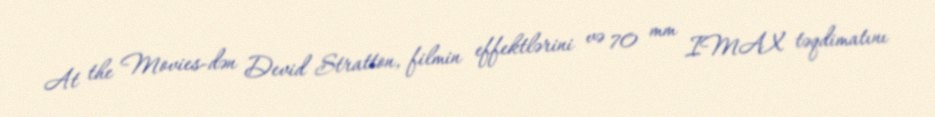
At the Movies-dən Devid Stratton, filmin effektlərini və 70 mm IMAX təqdimatını